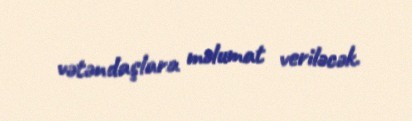
vətəndaşlara məlumat veriləcək.